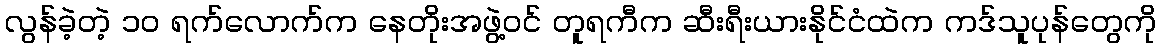
လွန်ခဲ့တဲ့ ၁၀ ရက်လောက်က နေတိုးအဖွဲ့ဝင် တူရကီက ဆီးရီးယားနိုင်ငံထဲက ကဒ်သူပုန်တွေကို